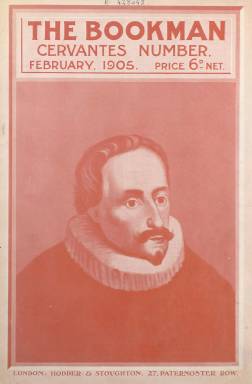
Título: The Bookman (London)
Colección: Literatura
Ámbito geográfico: Gran Bretaña
Lugar de publicación: London
Fechas: 01/02/1905-28/02/1905

La colección de la Biblioteca Nacional de España dispone de este número “especial” que la revista mensual londinense The Bookman (1891-1934) dedicó a Cervantes para conmemorar el tercer centenario de la primera edición del Quijote. Es el número 161, correspondiente a febrero de 1905, y su cubierta, con tinta roja, la ocupa íntegramente un retrato del escritor español. The Bookman fue una publicación periódica, editada por Hodder & Sthoughton y dedicada a la crítica e historia literaria, que daba cuenta, asimismo, de las novedades bibliográficas, y en la que colaborarán, entre otros, escritores como W.B. Yeats (1865-1939) o Samuel Becket (1906-1989).

Con paginación continuada, esta entrega alcanza casi las sesenta páginas, e inserta dos extensos artículos en su sección The Reader, acompañados de numerosas ilustraciones, a las que se suman otras insertadas en secciones posteriores, por lo que es presentado como un homenaje no solo literario sino también artístico. El primero de tales estudios, titulado Cervantes and his Masterpiece (= Cervantes y su obra maestra), es firmado por el periodista, historiador e hispanista inglés Martin Hume (1847-1910), y el segundo, bajo el epígrafe The Hunting-ground of Don Quixote (= El coto de caza de Don Quijote), por Henry Bernard. Este había publicado un año antes, en Londres, la obra In pursuit of Dulcinea: a Quixotic journey, con ilustraciones de H.C. Brever.

Entre la profusión de ilustraciones son incluidas las fotografías de la denominada “Casa de Cervantes”, es decir, donde fueron corregidas las primeras pruebas del Quijote; de la iglesia en la que el escritor fue bautizado en Alcalá de Henares o la casa madrileña en la que murió. Pero la mayoría de ellas son reproducciones de grabados tanto de escenas de don Quijote y Sancho y Panza, como del propio Cervantes.

Entre estas ilustraciones reproducidas aparecen dibujos realizados por Gustave Doré, William Strang, E.J. Sullivan, W.H. Robinson, Arthur Rackham, sir John Gilbert, Alex G. Decamps, W.P. Frith, Ralpf Peacock, E. Gamba, G. Cattrermole y el citado Brever, procedentes de publicaciones inglesas anteriores o de alguna colección museística.

En la presentación del número en la primera sección de la revista –News notes- se empezará agradeciendo la aportación, principalmente, de estas ilustraciones, además de dar cuenta, de la nueva edición de Life of Cervantes, de John Lane, y del volumen The Alhambra, de la serie Impressions of Spain, de Albert F. Calvert. Asimismo, hará referencia en esta sección a los escritores españoles Benito Pérez Galdós, Emilia Pardo Bazán y José María Pereda, con la inclusión de sus correspondientes retratos fotográficos.

La entrega contiene también una lámina fura de texto con un retrato de Cervantes y contiene en sus primeras y últimas páginas abundantes inserciones publicitarias, especialmente de ediciones bibliográficas, entre las que aparecen algunas inglesas del Quijote.